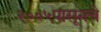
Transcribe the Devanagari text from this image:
२००५पासूनचे